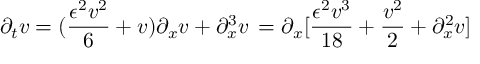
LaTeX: \partial _ { t } v = ( { \frac { \epsilon ^ { 2 } v ^ { 2 } } { 6 } } + v ) { \partial _ { x } v } + \partial _ { x } ^ { 3 } v \, = \partial _ { x } [ { \frac { \epsilon ^ { 2 } v ^ { 3 } } { 1 8 } } + { \frac { v ^ { 2 } } { 2 } } + \partial _ { x } ^ { 2 } v ]